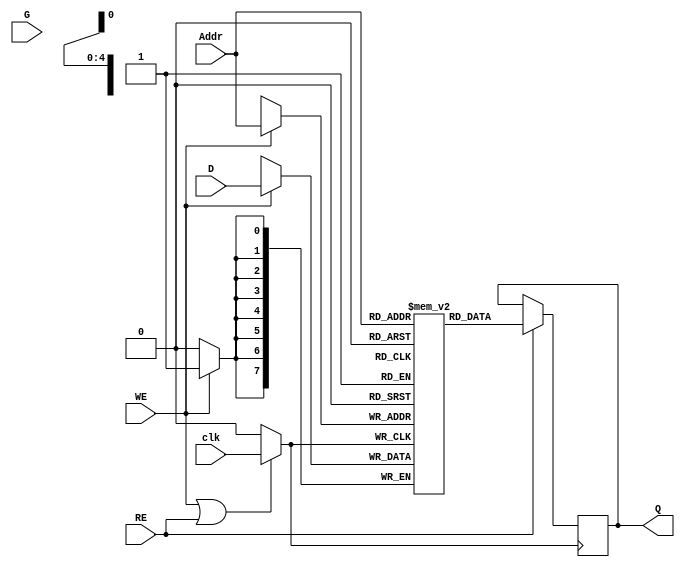
module MemoryBlockWithClockGating (
    input wire [7:0] D,          // Data Input
    input wire [4:0] Addr,       // Address Input
    input wire WE,               // Write Enable
    input wire RE,               // Read Enable
    input wire clk,              // Main Clock
    input wire G,                // Gating Signal
    output reg [7:0] Q           // Data Output
);

    // Memory array declaration (e.g., 32 x 8 bits)
    reg [7:0] memory [0:31];

    // Gated clock signal
    wire gated_clk;
    assign gated_clk = (WE || RE) ? clk : 1'b0; // Clock is enabled when WE or RE is high

    // Sequential logic for memory operations
    always @(posedge gated_clk) begin
        if (WE) begin
            // Write operation
            memory[Addr] <= D;
        end
        if (RE) begin
            // Read operation
            Q <= memory[Addr];
        end
    end

endmodule